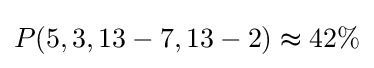
P(5,3,13-7,13-2)\thickapprox 42\%